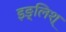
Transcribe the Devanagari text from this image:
इङ्लिश्